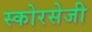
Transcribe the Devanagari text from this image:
स्कोरसेजी